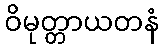
ဝိမုတ္တာယတနံ